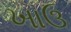
ખાઉ